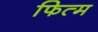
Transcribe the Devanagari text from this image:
फित्म